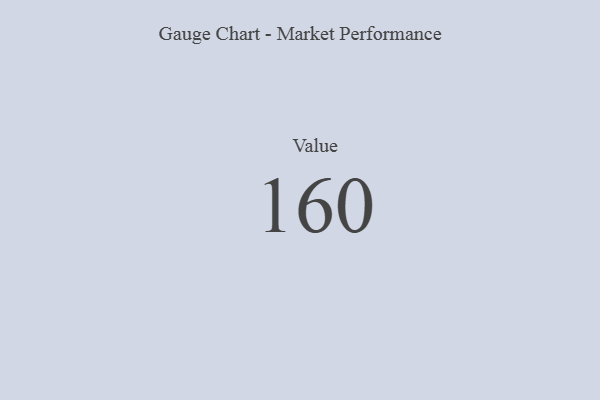
{"axis": {"x": "Metric", "y": "Value"}, "legend": [""], "data": [{"x": "Value", "y": 160, "type": ""}]}